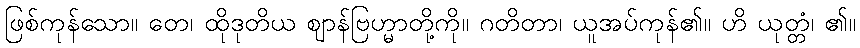
ဖြစ်ကုန်သော။ တေ၊ ထိုဒုတိယ ဈာန်ဗြဟ္မာတို့ကို။ ဂတိတာ၊ ယူအပ်ကုန်၏။ ဟိ ယုတ္တံ၊ ၏။